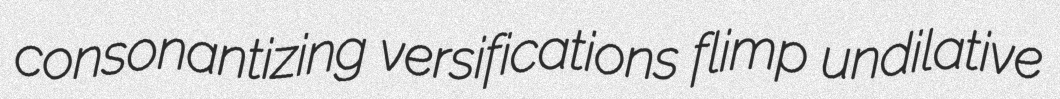
consonantizing versifications flimp undilative